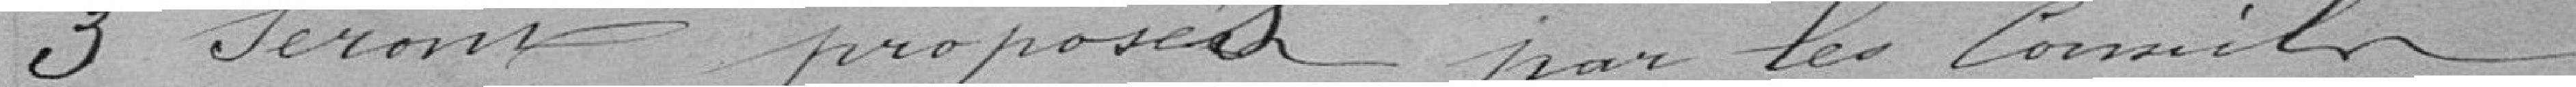
3 seront proposés par les Conseils